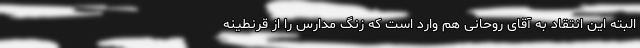
البته این انتقاد به آقای روحانی هم وارد است که زنگ مدارس را از قرنطینه